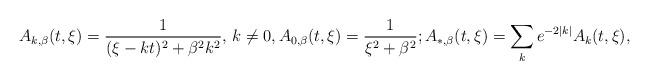
LaTeX: \begin{align*}A_{k,\beta}(t,\xi)=\frac{1}{(\xi-kt)^2+\beta^2k^2},\,k\neq 0,A_{0,\beta}(t,\xi)=\frac{1}{\xi^2+\beta^2};A_{*,\beta}(t,\xi)=\sum_{k}e^{-2|k|}A_{k}(t,\xi),\end{align*}